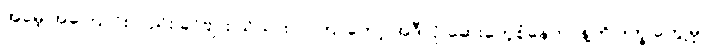
အမေ့ အကြောင်းလည်း ခင်ဗျား သိသားပဲ။ ကြာတော့ အဲဒီလို ဆေးတွေစုံနေတာနဲ့ကို ဒုက္ခ တွေ့မှာ